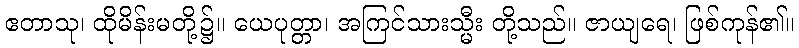
ဧတာသု၊ ထိုမိန်းမတို့၌။ ယေပုတ္တာ၊ အကြင်သားသ္မီး တို့သည်။ ဇာယျရေ၊ ဖြစ်ကုန်၏။